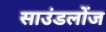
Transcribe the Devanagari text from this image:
साउंडलोंज